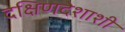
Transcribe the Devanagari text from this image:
दक्षिणदेशाशी